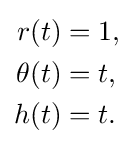
{\begin{aligned}r(t)&=1,\\\theta (t)&=t,\\h(t)&=t.\end{aligned}}